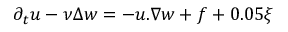
\partial _ { t } u - \nu \Delta w = - u . \nabla w + f + 0 . 0 5 \xi